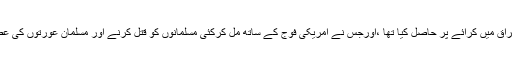
یہ وہی تنظیم ہے جسے امریکی وزارتِ خارجہ نے عراق میں کرائے پر حاصل کیا تھا ،اورجس نے امریکی فوج کے ساتھ مل کرکئی مسلمانوں کو قتل کرنے اور مسلمان عورتوں کی عصمت دری کرنے جیسے قبیح فعل سرانجام دیے تھے۔